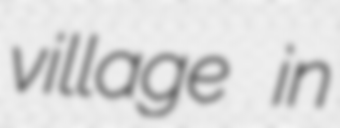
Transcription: village in